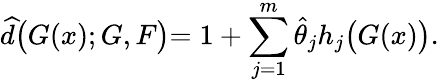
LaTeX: \widehat{d}\bigl(G(x);G,F\bigl)=1+\sum_{j=1}^{m}\widehat{\theta}_{j}h_{j}\bigl(G(x)\bigl).